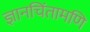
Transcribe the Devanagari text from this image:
ज्ञानचिंतामणि